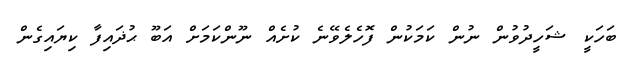
ބަހަކީ ޝަހީދުވުން ނުން ކަމަކުން ފޮހެލެވޭނެ ކުށެއް ނޫންކަމަށް އަބޫ ޙުޛައިފާ ކިޔައިގެން